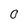
Character: 0